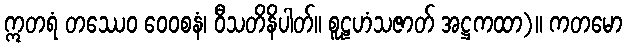
ဣတရံ တဿေဝ ဝေဝစနံ၊ ဝီသတိနိပါတ်။ စူဠဟံသဇာတ် အဋ္ဌကထာ)။ ကတမော